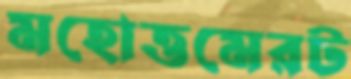
মহোত্তমেরট